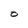
Character: 0